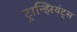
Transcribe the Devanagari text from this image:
ट्रान्झियंट्स